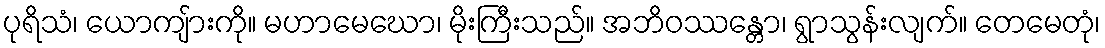
ပုရိသံ၊ ယောကျ်ားကို။ မဟာမေဃော၊ မိုးကြီးသည်။ အဘိဝဿန္တော၊ ရွာသွန်းလျက်။ တေမေတုံ၊